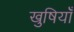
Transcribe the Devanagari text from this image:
खुषियाँ